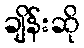
ချိန်းဆို